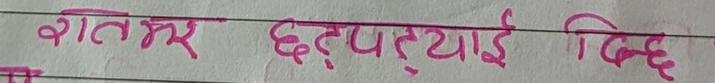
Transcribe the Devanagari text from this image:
शतझर छटपट्याई बिद्ध